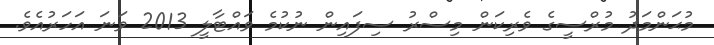
މުޙަންމަދު މުރްސީގެ ވެރިކަން މިސްރު ސިފައިން ނުކުމެ ވައްޓާލީ 2013 ވަނަ އަހަރުއެވެ.